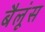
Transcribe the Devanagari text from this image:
बैलूंस